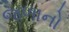
જળાનો